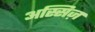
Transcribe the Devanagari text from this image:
अस्सिज़